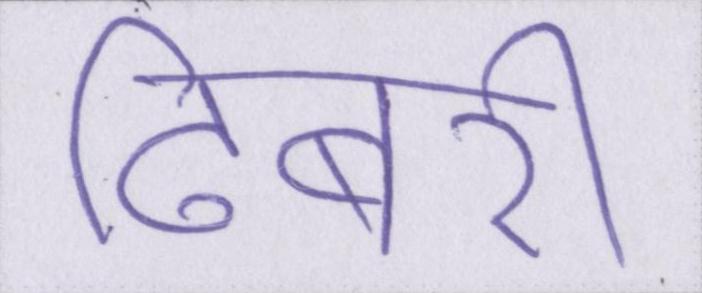
ढिबरी